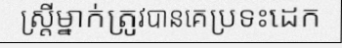
ស្ត្រីម្នាក់ត្រូវបានគេប្រទះដេក